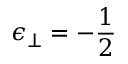
\epsilon _ { \perp } = - \frac { 1 } { 2 }